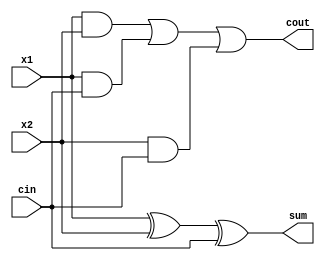
`timescale 1ns / 1ps
//////////////////////////////////////////////////////////////////////////////////
// Company: 
// Engineer: 
// 
// Design Name: 
// Module Name: Full_Adder
// Project Name: 
// Target Devices: 
// Tool Versions: 
// Description: 
// 
// Dependencies: 
// 
// Revision:
// Revision 0.01 - File Created
// Additional Comments:
// 
//////////////////////////////////////////////////////////////////////////////////


module Full_Adder(
input x1, x2, cin,
output sum, cout
    );
    assign sum = x1 ^ x2 ^ cin;
    assign cout = (x1 & x2) | (x1 & cin) | (x2 & cin);
endmodule